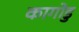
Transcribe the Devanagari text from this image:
कागोडु